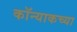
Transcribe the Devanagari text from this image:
कॉन्याकच्या